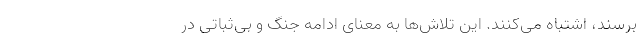
برسند، اشتباه می‌کنند. این تلاش‌ها به معنای ادامه جنگ و بی‌ثباتی در